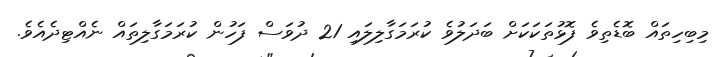
މިބިހިތައް ބޮޑެތިވެ ފޮޅުތަކަކަށް ބަދަލުވެ ކުރަމަގާލިލައި 21 ދުވަސް ފަހުން ކުރަމަގާލިތައް ނެއްޓިދެއެވެ.